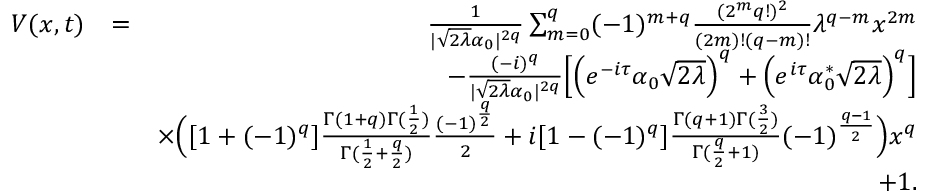
\begin{array} { r l r } { V ( x , t ) } & { = } & { \frac { 1 } { | \sqrt { 2 \lambda } \alpha _ { 0 } | ^ { 2 q } } \sum _ { m = 0 } ^ { q } ( - 1 ) ^ { m + q } \frac { ( 2 ^ { m } q ! ) ^ { 2 } } { ( 2 m ) ! ( q - m ) ! } \lambda ^ { q - m } x ^ { 2 m } } \\ & { } & { - \frac { ( - i ) ^ { q } } { | \sqrt { 2 \lambda } \alpha _ { 0 } | ^ { 2 q } } \Big [ \Big ( e ^ { - i \tau } \alpha _ { 0 } \sqrt { 2 \lambda } \Big ) ^ { q } + \Big ( e ^ { i \tau } \alpha _ { 0 } ^ { * } \sqrt { 2 \lambda } \Big ) ^ { q } \Big ] } \\ & { } & { \times \Big ( [ 1 + ( - 1 ) ^ { q } ] \frac { \Gamma ( 1 + q ) \Gamma ( \frac { 1 } { 2 } ) } { \Gamma ( \frac { 1 } { 2 } + \frac { q } { 2 } ) } \frac { ( - 1 ) ^ { \frac { q } { 2 } } } { 2 } + i [ 1 - ( - 1 ) ^ { q } ] \frac { \Gamma ( q + 1 ) \Gamma ( \frac { 3 } { 2 } ) } { \Gamma ( \frac { q } { 2 } + 1 ) } ( - 1 ) ^ { \frac { q - 1 } { 2 } } \Big ) x ^ { q } } \\ & { } & { + 1 . } \end{array}